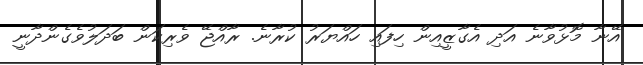
އޭނާ މޮޅުވާނެ އަދި އެގާޒީއިން ހިފައި ހައްޔަރު ކުރާނެ. ރާއްޖޭ ވެރިކަން ބަދަލުވެގެންދާނީ